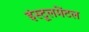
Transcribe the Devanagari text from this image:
इंस्ट्रूलमेंटल